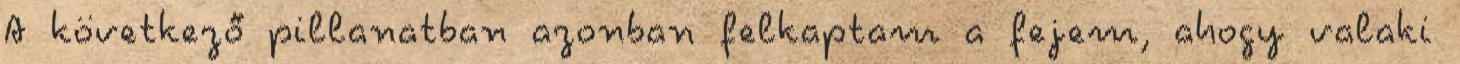
A következő pillanatban azonban felkaptam a fejem, ahogy valaki